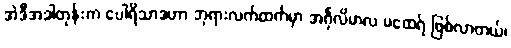
အဲဒီအခါတုန်းက ပေါရိသာဒဟာ ဘုရားလက်ထက်မှာ အင်္ဂုလိမာလ မထေရ် ဖြစ်လာတယ်၊